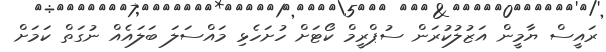
ރައީސް ޔާމީން އަޒުލުކުރަން ސުޕްރީމް ކޯޓަށް ހުށަހެޅި މައްސަލަ ބަލައެއް ނުގަތް ކަމަށް